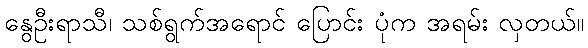
နွေဦးရာသီ၊ သစ်ရွက်အရောင် ပြောင်း ပုံက အရမ်း လှတယ်။